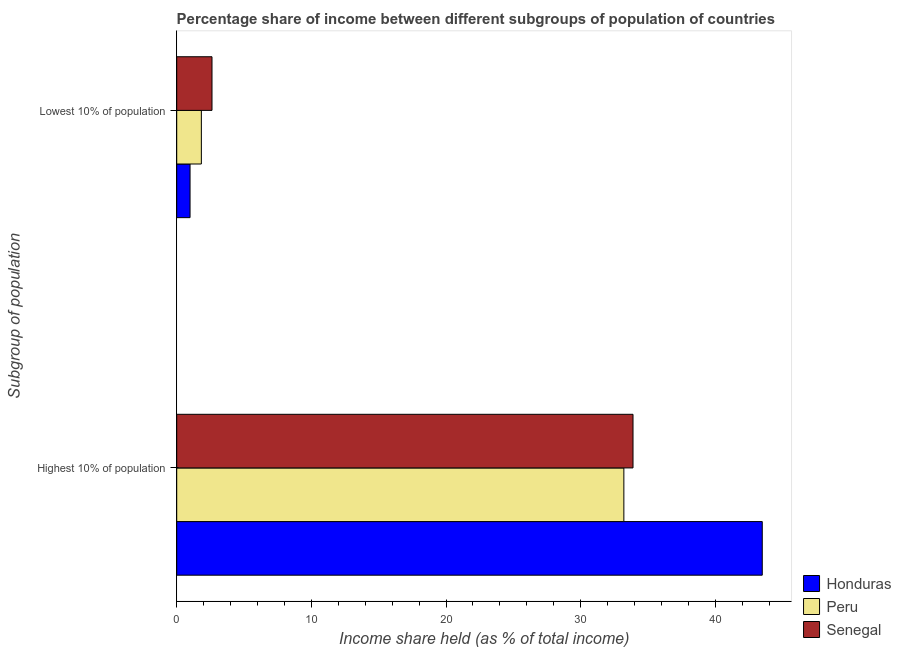
| Subgroup of population | Honduras | Peru | Senegal |
 | --- | --- | --- | --- |
 | Highest 10% of population | 43.5 | 33.2 | 33.9 |
 | Lowest 10% of population | 0.99 | 1.83 | 2.62 |